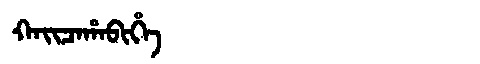
Manchu: ᡴᠠᡳᠴᠠᡥᠠᠪᡳᡥᡝ
Romanization: KAICAHABIHE